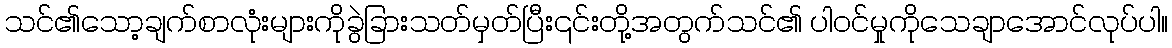
သင်၏သော့ချက်စာလုံးများကိုခွဲခြားသတ်မှတ်ပြီး၎င်းတို့အတွက်သင်၏ ပါဝင်မှုကိုသေချာအောင်လုပ်ပါ။